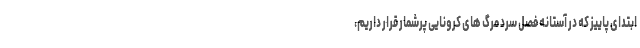
ابتدای پاییز که در آستانه فصل سرد مرگ های کرونایی پرشمار قرار داریم،